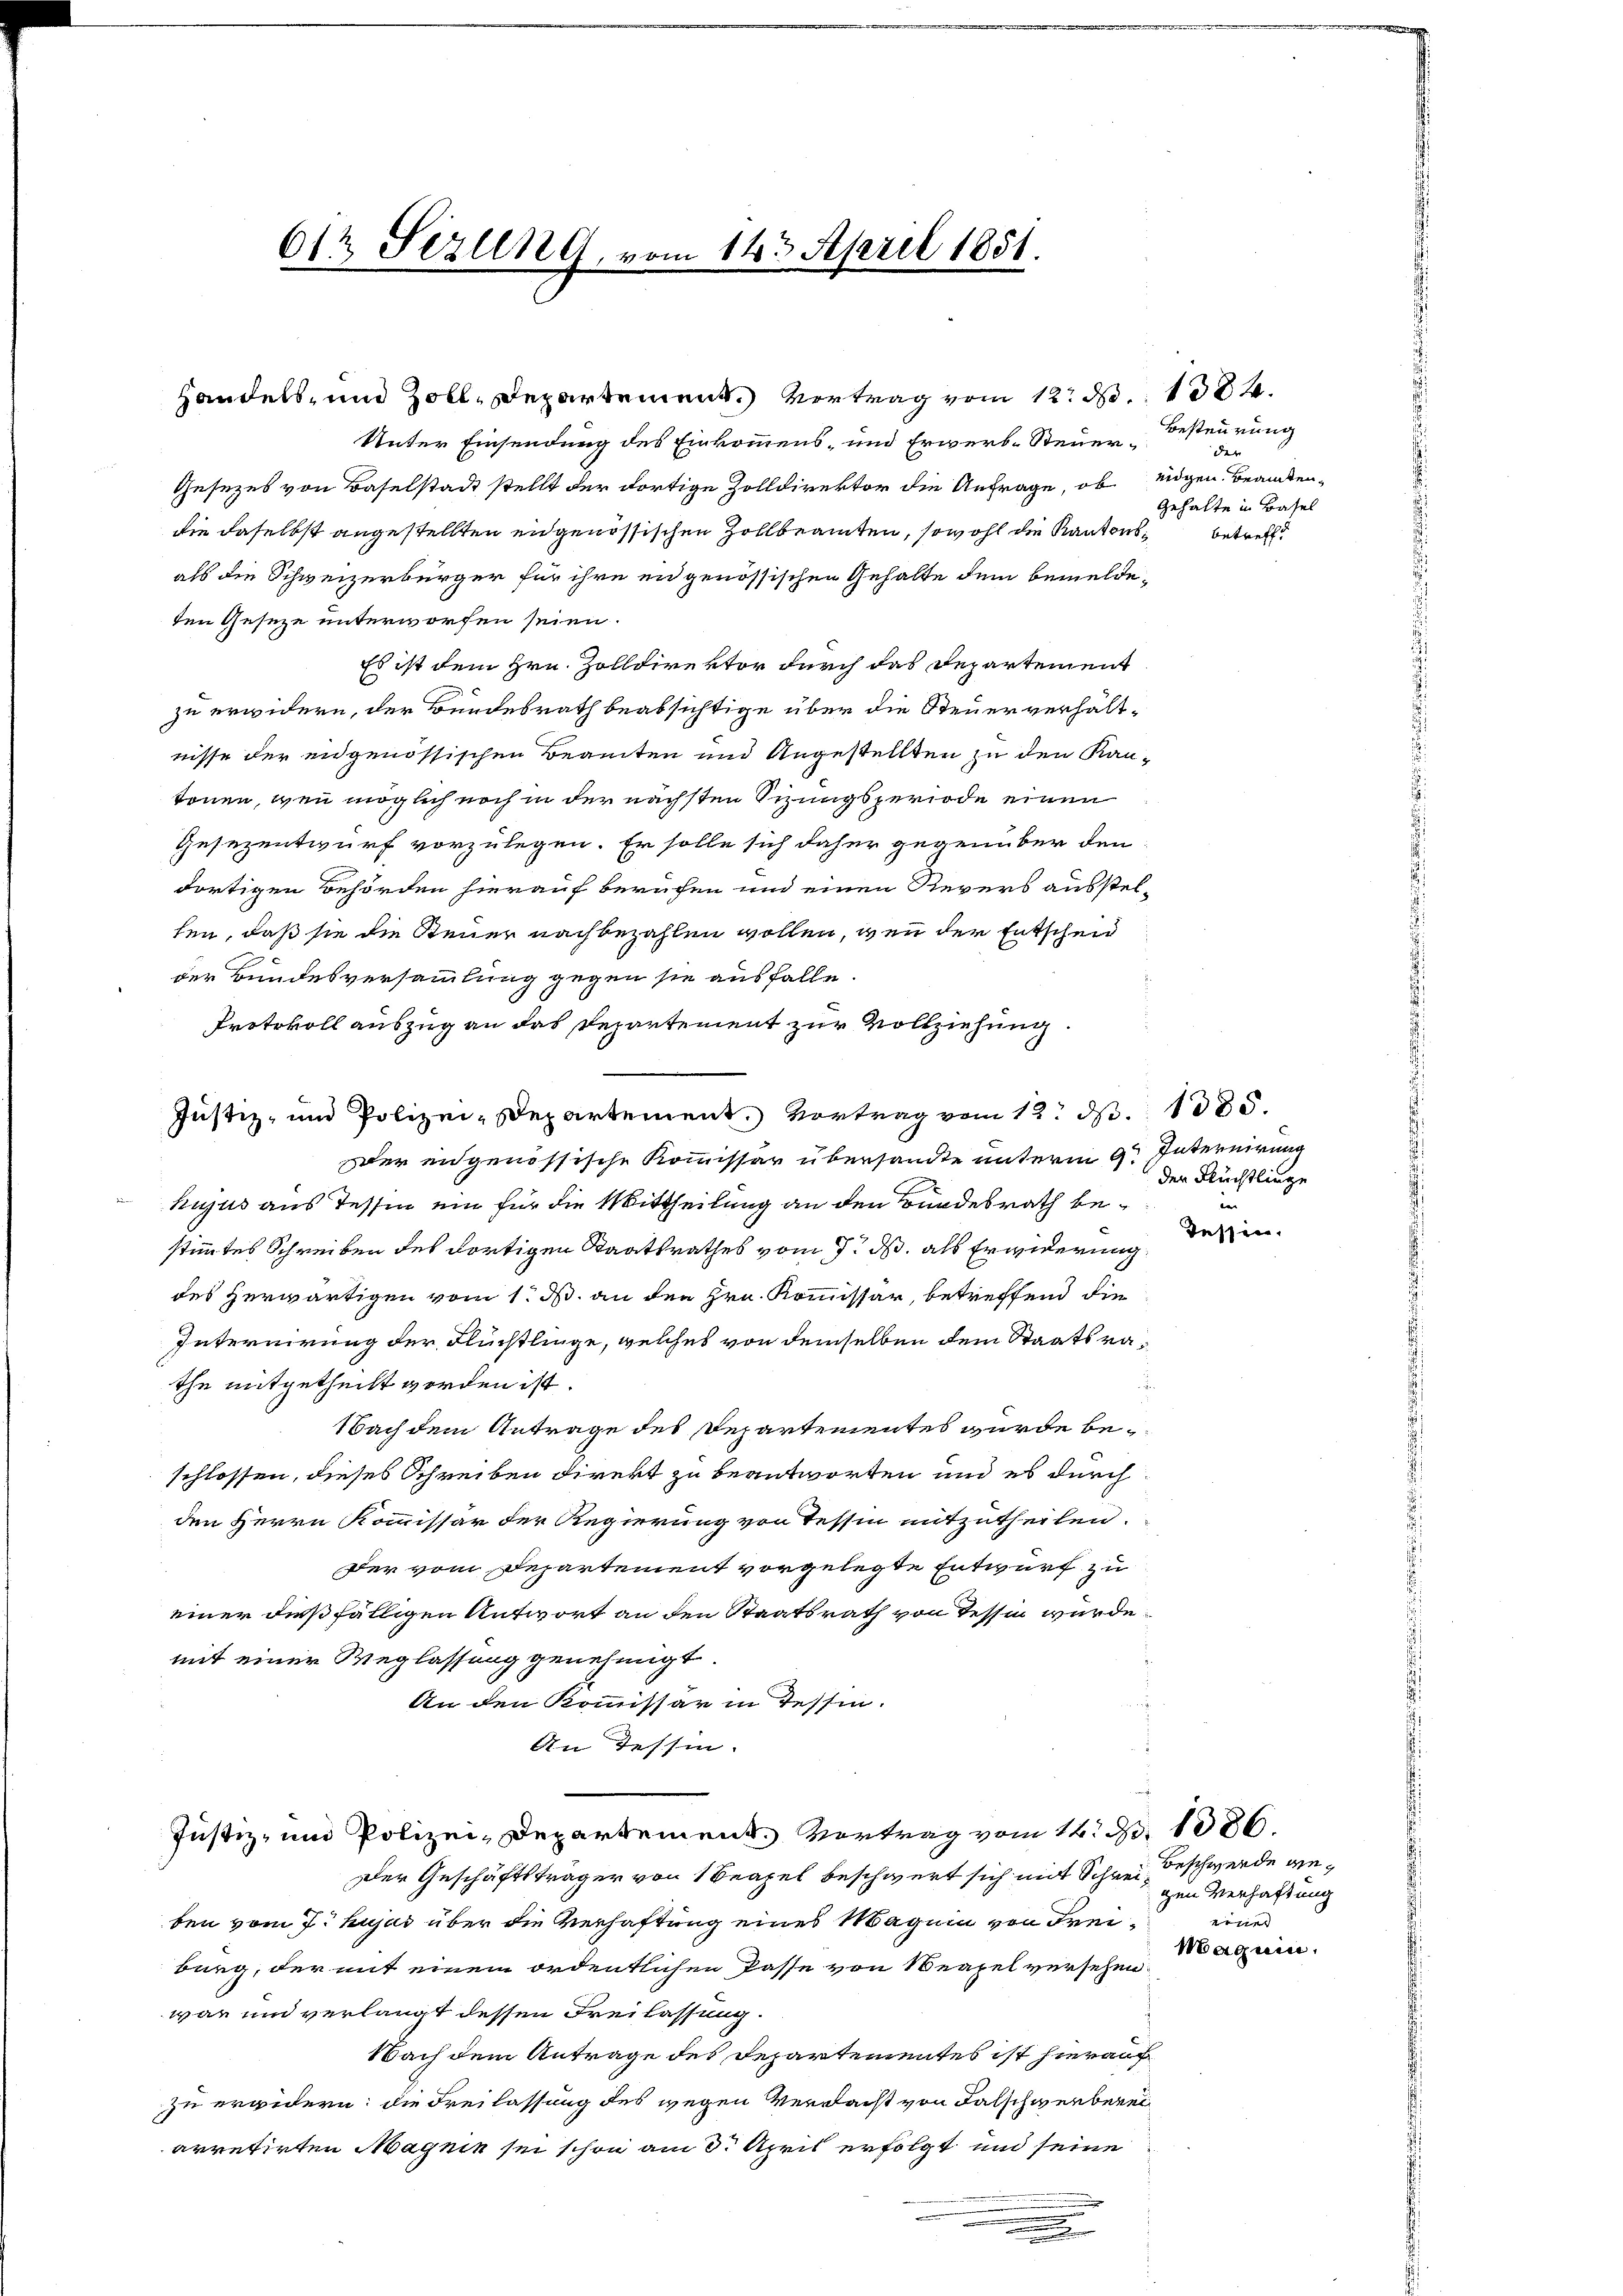
Justiz- und Polizei-Departement. Vortrag vom 12. d. 1080.

612 Sezling, vom 143. April 1851.

Unter Einsendung des Einkommens- und Erwerb-Steuer¬
Gesezes von Baselstadt stellt der dortige Zolldirektor die Anfrage, ob
die daselbst angestellten engenössischen Zollbeamten, sowohl die Kantonsals die Schweizerbürger für ihre en genössischen Gehalte dem bemeldeten Geseze unterworfen seien.
Es ist dem Hrn. Zolldirektor durch das Departement
zu erwidern, der Bundesrath beabsichtige über die Steuerverhältnisse der engenössischen Beamten und Angestellten zu den Kantonen, wenn möglich noch in der nächsten Sizungsperiode einen
Gesezentwurf vorzulegen. Er solle sich daher gegenüber den
dortigen Behörden hierauf berufen und einen Revers ausstelten, daß sie die Steuer nach bezahlen wollen, wenn der Entscheid
der Bundesversammlung gegen sie ausfalle.
Protokoll auszug an das Repartement zur Vollziehung
Der eidgenössische Kommissär übersandte unterm 9. Internirung
hujus aus Tessin ein für die Mittheilung an den Bundesrath bestimmtes Schreiben des dortigen Staatsrathes vom 7. ds. als Erwiderung
des herwärtigen vom 1. ds. an den Hrn. Kommissar, betreffend die
Internirung der Flüchtlinge, welches von demselben dem Staatsrathe mitgetheilt worden ist.
Nach dem Antrage des Departementes wurde beschlossen, dieses Schreiben direkt zu beantworten und es durch
den Herrn Kommissär der Regierung von Tessin mitzutheilen.
Der vom Departement vorgelegte Entwurf zu
einer dießfälligen Antwort an den Staatsrath von Tessin wurde
mit einer Weglassung genehmigt.
An den Kommissär in Tessin.
An Tessin.
Justiz- und Polizei-Departement. Vertrag vom 12. S. 1086.
Der Geschäftsträger von 1 Seapel beschwert sich mit Schrei beschwerde geben vom 7. hujus über die Verhaftung eines Magnin von Freiburg, der mit einem ordentlichen Pässe von Neapel versehen
war und verlangt dessen Freilassung.
Nach dem Antrage des Departementes ist hierauf
zu erwidern: die Freilassung des wegen Verdacht von Falschwerberei
arretirten Magnie sei schon am 3. April erfolgt und seine
.

Handels- und Zoll-Departement. Vertrag vom 12. N. 1304.

Besteurung
der
eidgen. Beamten,
Gehalte in Basel
betreff

der Flüchtlinge
de |
Tessin,

gen Verhaftung
wister
Maguen.